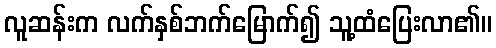
လူဆန်းက လက်နှစ်ဘက်မြောက်၍ သူ့ထံပြေးလာ၏။